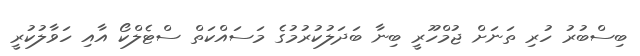
ބިސްބުރު ހުރި ތަނަށް ޖުމްހޫރީ ބިނާ ބަދަލުކުރުމުގެ މަސައްކަތް ސްޓެލްކޯ އާއި ހަވާލުކުރީ